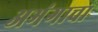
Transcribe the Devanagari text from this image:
अभंगाचा